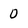
Character: 0